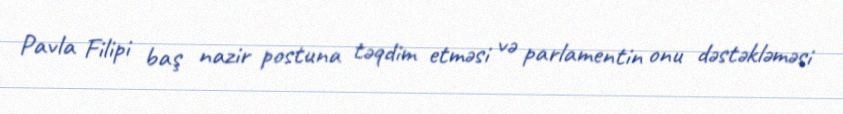
Pavla Filipi baş nazir postuna təqdim etməsi və parlamentin onu dəstəkləməsi